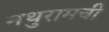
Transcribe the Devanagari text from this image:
नथुरामची